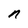
Character: n